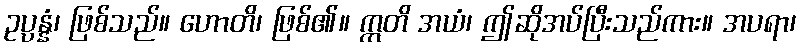
ဥပ္ပန္နံ၊ ဖြစ်သည်။ ဟောတိ၊ ဖြစ်၏။ ဣတိ အယံ၊ ဤဆိုအပ်ပြီးသည်ကား။ အပရာ၊